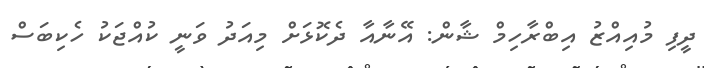
ދީފި މުއިއްޒު އިބްރާހިމް ޝާން: އޭނާއާ ދެކޮޅަށް މިއަދު ވަނީ ކުއްޖަކު ހެކިބަސް